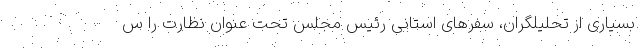
بسیاری از تحلیلگران، سفرهای استانی رئیس مجلس تحت عنوان نظارت را س